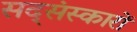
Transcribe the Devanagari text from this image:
सद्संस्कारों